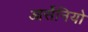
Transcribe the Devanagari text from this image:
आर्सेनियो